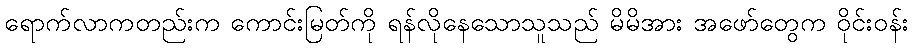
ရောက်လာကတည်းက ကောင်းမြတ်ကို ရန်လိုနေသောသူသည် မိမိအား အဖော်တွေက ဝိုင်းဝန်း